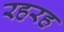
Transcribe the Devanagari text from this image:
रहरह